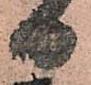
日